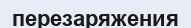
перезаряжения